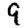
Digit: 9